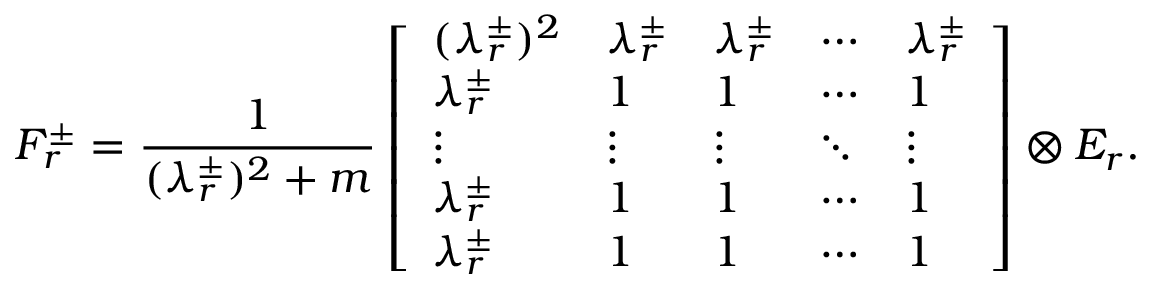
F _ { r } ^ { \pm } = \frac { 1 } { ( \lambda _ { r } ^ { \pm } ) ^ { 2 } + m } \left[ \begin{array} { l l l l l } { ( \lambda _ { r } ^ { \pm } ) ^ { 2 } } & { \lambda _ { r } ^ { \pm } } & { \lambda _ { r } ^ { \pm } } & { \cdots } & { \lambda _ { r } ^ { \pm } } \\ { \lambda _ { r } ^ { \pm } } & { 1 } & { 1 } & { \cdots } & { 1 } \\ { \vdots } & { \vdots } & { \vdots } & { \ddots } & { \vdots } \\ { \lambda _ { r } ^ { \pm } } & { 1 } & { 1 } & { \cdots } & { 1 } \\ { \lambda _ { r } ^ { \pm } } & { 1 } & { 1 } & { \cdots } & { 1 } \end{array} \right] \otimes E _ { r } .